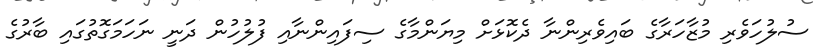
ސުލުހަވެރި މުޒާހަރާގެ ބައިވެރިންނާ ދެކޮޅަށް މިޔަންމާގެ ސިފައިންނާއި ފުލުހުން ދަނީ ނަހަމަގޮތުގައި ބާރުގެ